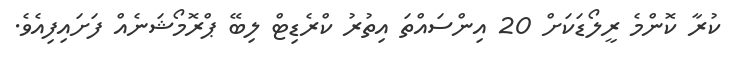
ކުރާ ކޮންމެ ރީލޯޑަކަށް 20 އިންސައްތަ އިތުރު ކްރެޑިޓް ލިބޭ ޕްރޮމޯޝަނެއް ފަށައިފިއެވެ.